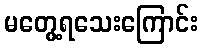
မတွေ့ရသေးကြောင်း